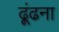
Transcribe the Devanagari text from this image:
ढ़ूंढना